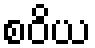
စဝိယ